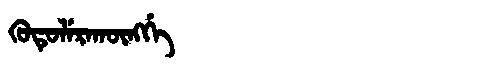
Manchu: ᡴᡠᡨᡠᠯᡝᡵᠠᡴᡡᠩᡤᡝ
Romanization: KUTULERAKŪNGGE